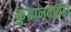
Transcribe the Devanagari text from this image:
कुबानवरील